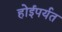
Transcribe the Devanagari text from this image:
होईपर्यत